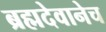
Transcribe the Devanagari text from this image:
ब्रह्मदेवानेच